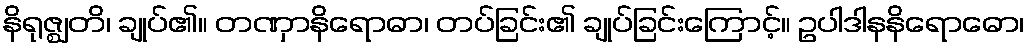
နိရုဇ္ဈတိ၊ ချုပ်၏။ တဏှာနိရောဓာ၊ တပ်ခြင်း၏ ချုပ်ခြင်းကြောင့်။ ဥပါဒါနနိရောဓော၊